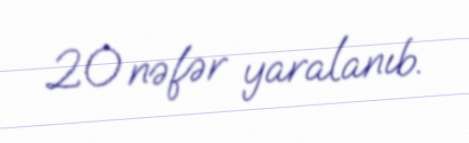
20 nəfər yaralanıb.